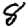
Digit: 8